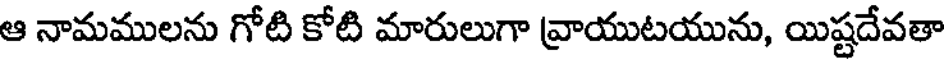
ఆ నామములను గోటి కోటి మారులుగా వ్రాయుటయును, యిష్టదేవతా